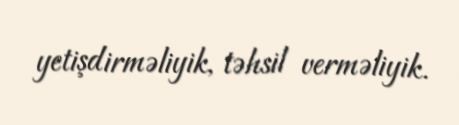
yetişdirməliyik, təhsil verməliyik.